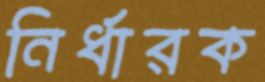
নির্ধারক